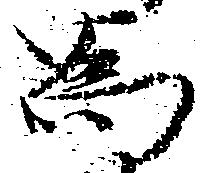
為